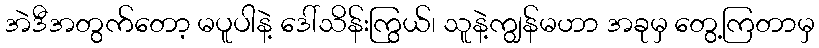
အဲဒီအတွက်တော့ မပူပါနဲ့ ဒေါ်သိန်းကြွယ်၊ သူနဲ့ကျွန်မဟာ အခုမှ တွေ့ကြတာမှ